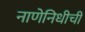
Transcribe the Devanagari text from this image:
नाणेनिधीची